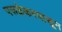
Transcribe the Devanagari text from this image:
परूळेकरपासून